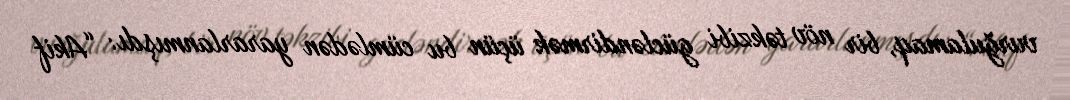
vurğulamaq, bir növ təkzibi gücləndirmək üçün bu cümlədən yararlanmışdı: “Akif